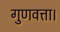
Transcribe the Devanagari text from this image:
गुणवत्ता।